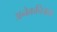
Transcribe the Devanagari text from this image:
अनेकचित्रता